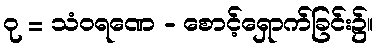
ဝု = သံဝရဏေ - စောင့်ရှောက်ခြင်း၌။